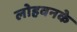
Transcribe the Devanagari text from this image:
लोहवनके